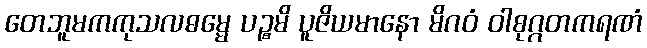
တေဘူမကကုသလဓမ္မေ ပဉ္စမိ ပူဇိယမာနော မိဂဝံ ဝါစုဂ္ဂတကရဏံ